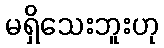
မရှိသေးဘူးဟု